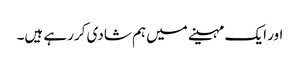
اور ایک مہینے میں‌ہم شادی کررہے ہیں۔